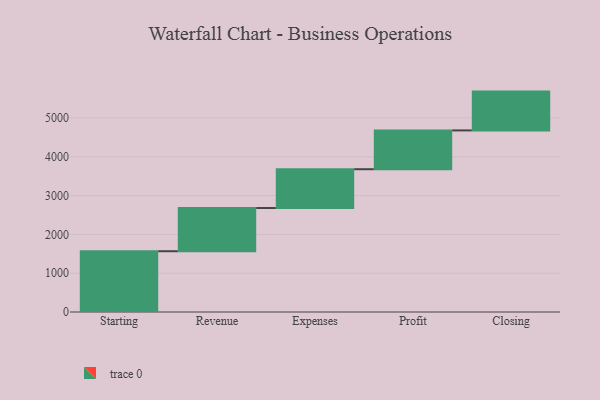
{"axis": {"x": "Step", "y": "Value"}, "legend": [""], "data": [{"x": "Starting", "y": 1566.0, "type": ""}, {"x": "Revenue", "y": 1113.0, "type": ""}, {"x": "Expenses", "y": 1000, "type": ""}, {"x": "Profit", "y": 1000, "type": ""}, {"x": "Closing", "y": 1000, "type": ""}]}